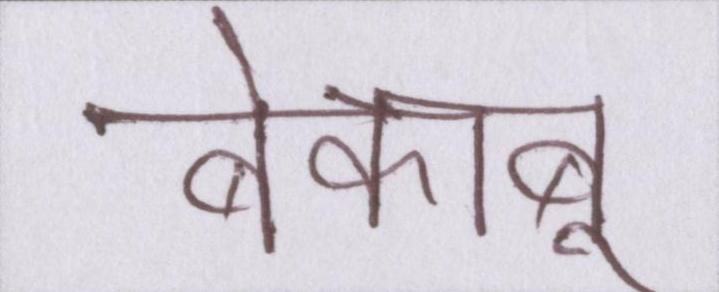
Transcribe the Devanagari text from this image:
बेकाबू